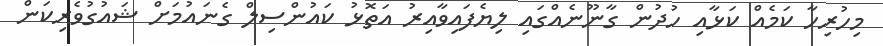
މިހުރިހާ ކަމެއް ކަޅާއި ހުދުން ގާނޫނެއްގައި ލިޔެފައިވާއިރު އަތޮޅު ކައުންސިލް ގެނައުމަށް ޝައުގުވެރިކަން